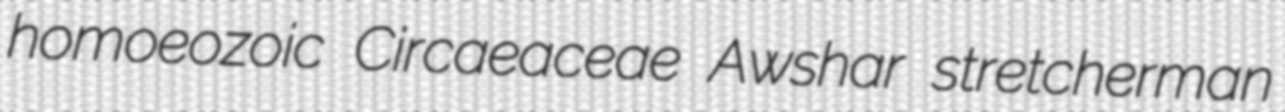
homoeozoic Circaeaceae Awshar stretcherman